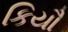
કિયૌ